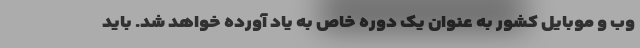
وب و موبایل کشور به عنوان یک دوره خاص به یاد آورده خواهد شد. باید